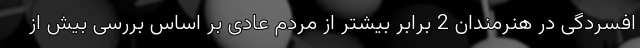
افسردگی در هنرمندان 2 برابر بیشتر از مردم عادی بر اساس بررسی بیش از